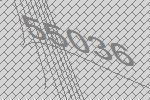
55036